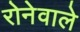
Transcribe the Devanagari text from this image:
रोनेवाले